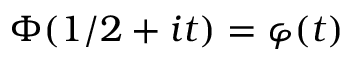
\Phi ( 1 / 2 + i t ) = \varphi ( t )